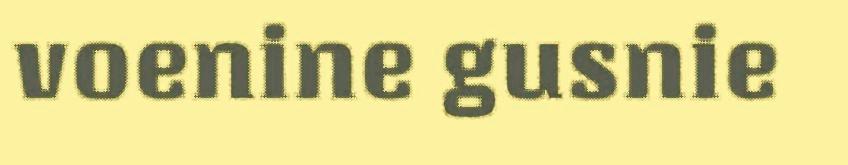
voenine gusnie